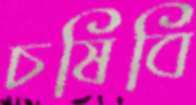
চষিবি